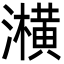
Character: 㶇